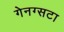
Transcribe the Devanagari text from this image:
गेनग्सटा